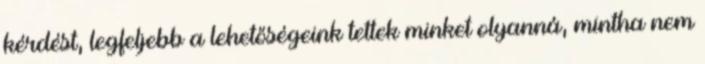
kérdést, legfeljebb a lehetőségeink tettek minket olyanná, mintha nem